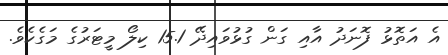
އެ އަތޮޅު ފޮނަދު އާއި ގަން ގުޅުވައިދޭ 15.1 ކިލޯ މީޓަރުގެ މަގެކެވެ.